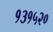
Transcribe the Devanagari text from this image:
१३१५२०